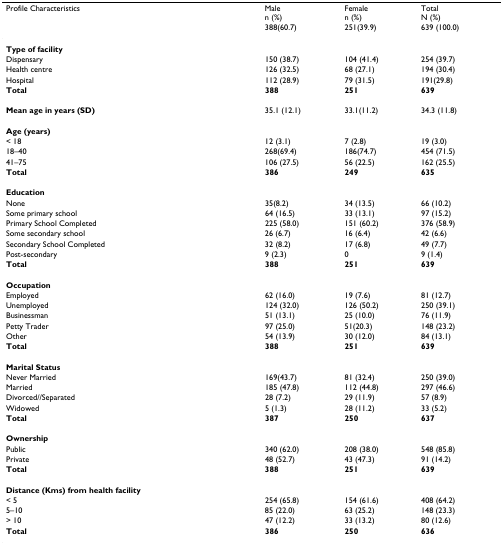
<table><thead><tr><td><b>Profile Characteristics</b></td><td><b>Malen (%)388(60.7)</b></td><td><b>Femalen (%)251(39.9)</b></td><td><b>TotalN (%)639 (100.0)</b></td></tr></thead><tbody><tr><td><b>Type of facility</b></td><td></td><td></td><td></td></tr><tr><td>Dispensary</td><td>150 (38.7)</td><td>104 (41.4)</td><td>254 (39.7)</td></tr><tr><td>Health centre</td><td>126 (32.5)</td><td>68 (27.1)</td><td>194 (30.4)</td></tr><tr><td>Hospital</td><td>112 (28.9)</td><td>79 (31.5)</td><td>191(29.8)</td></tr><tr><td><b>Total</b></td><td><b>388</b></td><td><b>251</b></td><td><b>639</b></td></tr><tr><td><b>Mean age in years (SD)</b></td><td>35.1 (12.1)</td><td>33.1(11.2)</td><td>34.3 (11.8)</td></tr><tr><td><b>Age (years)</b></td><td></td><td></td><td></td></tr><tr><td>&lt; 18</td><td>12 (3.1)</td><td>7 (2.8)</td><td>19 (3.0)</td></tr><tr><td>18–40</td><td>268(69.4)</td><td>186(74.7)</td><td>454 (71.5)</td></tr><tr><td>41–75</td><td>106 (27.5)</td><td>56 (22.5)</td><td>162 (25.5)</td></tr><tr><td><b>Total</b></td><td><b>386</b></td><td><b>249</b></td><td><b>635</b></td></tr><tr><td><b>Education</b></td><td></td><td></td><td></td></tr><tr><td>None</td><td>35(8.2)</td><td>34 (13.5)</td><td>66 (10.2)</td></tr><tr><td>Some primary school</td><td>64 (16.5)</td><td>33 (13.1)</td><td>97 (15.2)</td></tr><tr><td>Primary School Completed</td><td>225 (58.0)</td><td>151 (60.2)</td><td>376 (58.9)</td></tr><tr><td>Some secondary school</td><td>26 (6.7)</td><td>16 (6.4)</td><td>42 (6.6)</td></tr><tr><td>Secondary School Completed</td><td>32 (8.2)</td><td>17 (6.8)</td><td>49 (7.7)</td></tr><tr><td>Post-secondary</td><td>9 (2.3)</td><td>0</td><td>9 (1.4)</td></tr><tr><td><b>Total</b></td><td><b>388</b></td><td><b>251</b></td><td><b>639</b></td></tr><tr><td><b>Occupation</b></td><td></td><td></td><td></td></tr><tr><td>Employed</td><td>62 (16.0)</td><td>19 (7.6)</td><td>81 (12.7)</td></tr><tr><td>Unemployed</td><td>124 (32.0)</td><td>126 (50.2)</td><td>250 (39.1)</td></tr><tr><td>Businessman</td><td>51 (13.1)</td><td>25 (10.0)</td><td>76 (11.9)</td></tr><tr><td>Petty Trader</td><td>97 (25.0)</td><td>51(20.3)</td><td>148 (23.2)</td></tr><tr><td>Other</td><td>54 (13.9)</td><td>30 (12.0)</td><td>84 (13.1)</td></tr><tr><td><b>Total</b></td><td><b>388</b></td><td><b>251</b></td><td><b>639</b></td></tr><tr><td><b>Marital Status</b></td><td></td><td></td><td></td></tr><tr><td>Never Married</td><td>169(43.7)</td><td>81 (32.4)</td><td>250 (39.0)</td></tr><tr><td>Married</td><td>185 (47.8)</td><td>112 (44.8)</td><td>297 (46.6)</td></tr><tr><td>Divorced//Separated</td><td>28 (7.2)</td><td>29 (11.9)</td><td>57 (8.9)</td></tr><tr><td>Widowed</td><td>5 (1.3)</td><td>28 (11.2)</td><td>33 (5.2)</td></tr><tr><td><b>Total</b></td><td><b>387</b></td><td><b>250</b></td><td><b>637</b></td></tr><tr><td><b>Ownership</b></td><td></td><td></td><td></td></tr><tr><td>Public</td><td>340 (62.0)</td><td>208 (38.0)</td><td>548 (85.8)</td></tr><tr><td>Private</td><td>48 (52.7)</td><td>43 (47.3)</td><td>91 (14.2)</td></tr><tr><td><b>Total</b></td><td><b>388</b></td><td><b>251</b></td><td><b>639</b></td></tr><tr><td><b>Distance (Kms) from health facility</b></td><td></td><td></td><td></td></tr><tr><td>&lt; 5</td><td>254 (65.8)</td><td>154 (61.6)</td><td>408 (64.2)</td></tr><tr><td>5–10</td><td>85 (22.0)</td><td>63 (25.2)</td><td>148 (23.3)</td></tr><tr><td>&gt; 10</td><td>47 (12.2)</td><td>33 (13.2)</td><td>80 (12.6)</td></tr><tr><td><b>Total</b></td><td><b>386</b></td><td><b>250</b></td><td><b>636</b></td></tr></tbody></table>